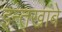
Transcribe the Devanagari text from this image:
इन्तखाबे